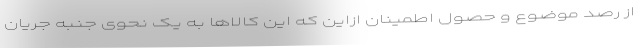
از رصد موضوع و حصول اطمینان ازاین که این کالاها به یک نحوی جنبه جریان